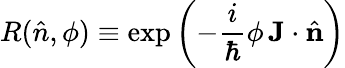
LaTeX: R({\hat{n}},\phi)\equiv\exp\left(-{\frac{i}{\hbar}}\phi\, \mathbf{J}\cdot{\hat{\mathbf{n}}}\right)